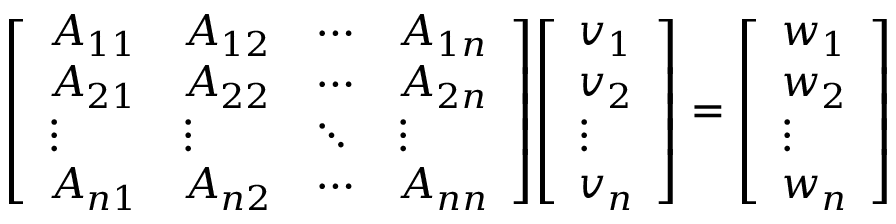
{ \left[ \begin{array} { l l l l } { A _ { 1 1 } } & { A _ { 1 2 } } & { \cdots } & { A _ { 1 n } } \\ { A _ { 2 1 } } & { A _ { 2 2 } } & { \cdots } & { A _ { 2 n } } \\ { \vdots } & { \vdots } & { \ddots } & { \vdots } \\ { A _ { n 1 } } & { A _ { n 2 } } & { \cdots } & { A _ { n n } } \end{array} \right] } { \left[ \begin{array} { l } { v _ { 1 } } \\ { v _ { 2 } } \\ { \vdots } \\ { v _ { n } } \end{array} \right] } = { \left[ \begin{array} { l } { w _ { 1 } } \\ { w _ { 2 } } \\ { \vdots } \\ { w _ { n } } \end{array} \right] }